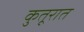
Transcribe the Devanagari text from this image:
कुतूरात